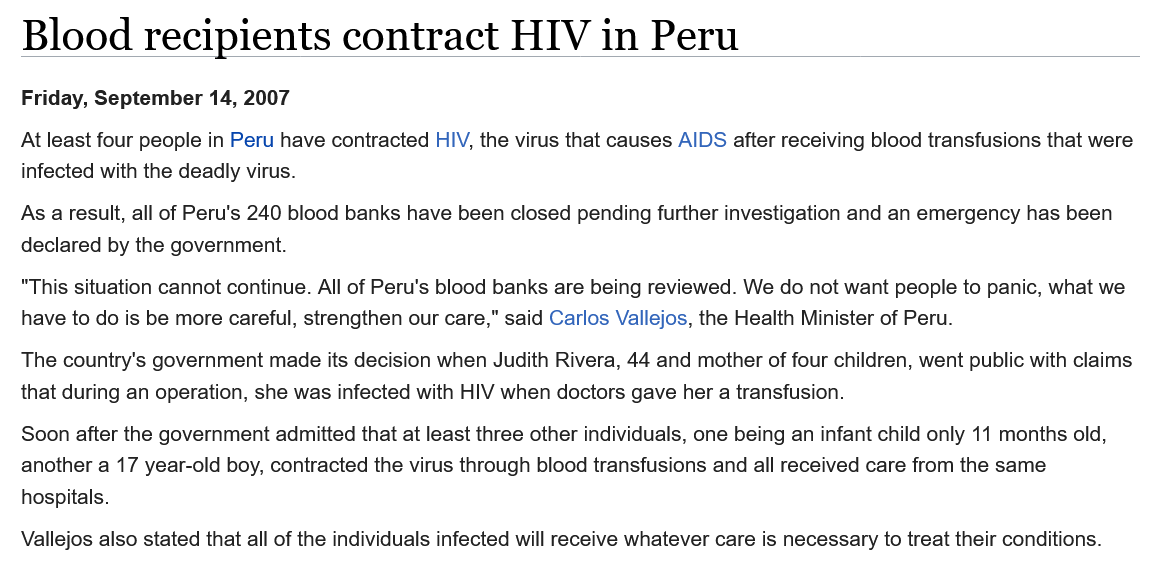
Soon after the government admitted that at least three other individuals, one being an infant child only 11 months old,
   another a 17 year-old boy, contracted the virus through blood transfusions and all received care from the same
   hospitals.
   The country's government made its decision when Judith Rivera, 44 and mother of four children, went public with claims
   that during an operation, she was infected with HIV when doctors gave her a transfusion.
   “This situation cannot continue. All of Peru's blood banks are being reviewed. We do not want people to panic, what we
   have to do is be more careful, strengthen our care," said Carlos Vallejos, the Health Minister of Peru.
   Friday, September 14, 2007
   Vallejos also stated that all of the individuals infected will receive whatever care is necessary to treat their conditions.
   As a result, all of Peru's 240 blood banks have been closed pending further investigation and an emergency has been
   declared by the government.
   Blood    recipients    contract    HIV    in  Peru
   At least four people in Peru have contracted HIV, the virus that causes AIDS after receiving blood transfusions that were
   infected with the deadly virus.